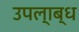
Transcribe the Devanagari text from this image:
उपल्‍ाब्‍ध